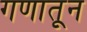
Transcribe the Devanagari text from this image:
गणातून